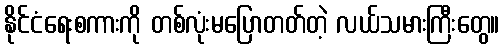
နိုင်ငံရေးစကားကို တစ်လုံးမပြောတတ်တဲ့ လယ်သမားကြီးတွေ။